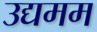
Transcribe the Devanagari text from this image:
उद्यमम